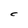
Character: C